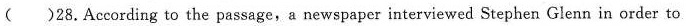
( )28.According to the passage,a newspaper interviewed Stephen Glenn in order to